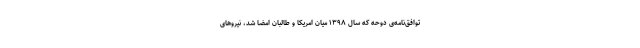
توافق‌نامه‌ی دوحه که سال ۱۳۹۸ میان امریکا و طالبان امضا شد، نیروهای